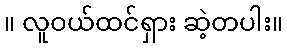
။ လူဝယ်ထင်ရှား ဆဲ့တပါး။